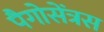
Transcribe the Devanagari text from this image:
पैगोसेंत्रस